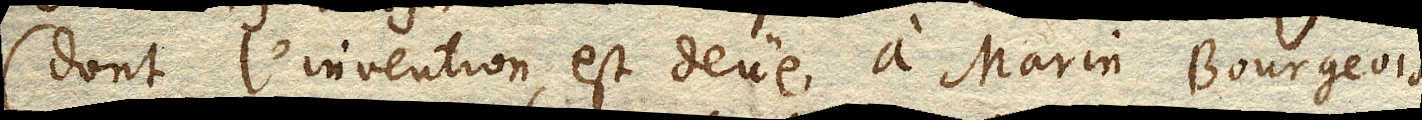
(dont l’invention est deüe a Marin Bourgeois